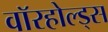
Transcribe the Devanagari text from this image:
वॉरहोल्ड्स